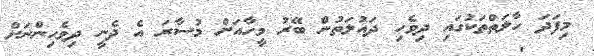
މިފަދަ ހާލަތްތަކުގައި ދިވެހި ދައުލަތުން ބޭރު މީހާއަށް މުސާރަ އެ ދެނީ ދިވެހިންނަށް